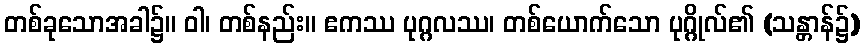
တစ်ခုသောအခါ၌။ ဝါ၊ တစ်နည်း။ ဧကဿ ပုဂ္ဂလဿ၊ တစ်ယောက်သော ပုဂ္ဂိုလ်၏ (သန္တာန်၌)